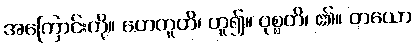
အကြောင်းကို။ ဟေတူတိ၊ ဟူ၍။ ဝုစ္စတိ၊ ၏။ တယော